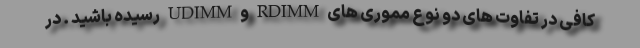
کافی در تفاوت های دو نوع مموری های RDIMM و UDIMM رسیده باشید . در